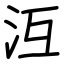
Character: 沍